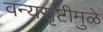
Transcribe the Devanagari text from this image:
वन्यसृष्टीमुळे